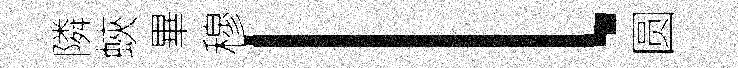
隣蛺畢穆l圆